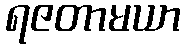
ရဇတာမယာ